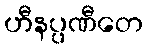
ဟီနပ္ပဏီတေ